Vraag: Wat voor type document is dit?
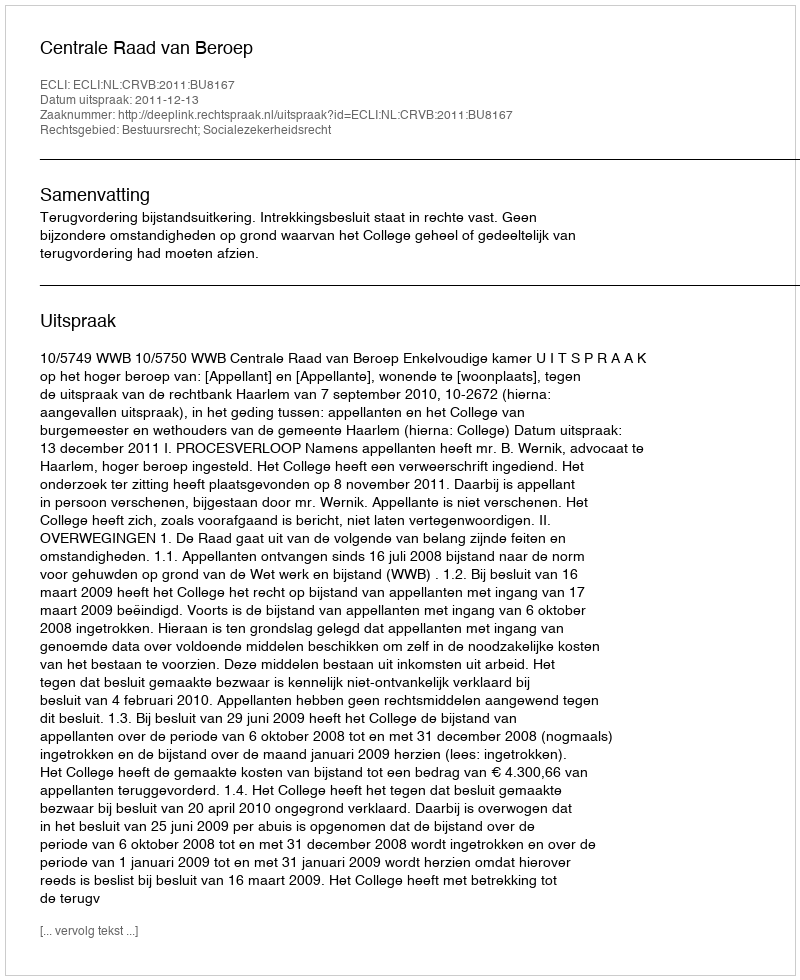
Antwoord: Uitspraak